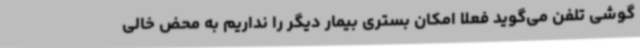
گوشی تلفن می‌گوید فعلاً امکان بستری بیمار دیگر را نداریم به محض خالی